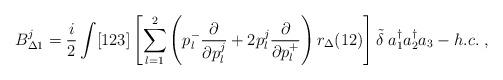
LaTeX: \begin{align*}B^j_{\Delta 1}= \frac{i}{2} \int [123] \left[\sum_{l=1}^2 \left(p^-_l \frac{\partial }{\partial p^j_l} + 2p^j_l \frac{\partial}{\partial p^+_l} \right) r_\Delta (12) \right] \tilde{\delta} \;a_1^\dagger a_2^\dagger a_3 - h.c.\; ,\end{align*}